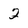
Character: 2